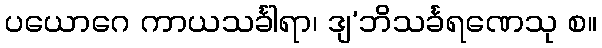
ပယောဂေ ကာယသင်္ခါရာ၊ ဒျ’ဘိသင်္ခရဏေသု စ။